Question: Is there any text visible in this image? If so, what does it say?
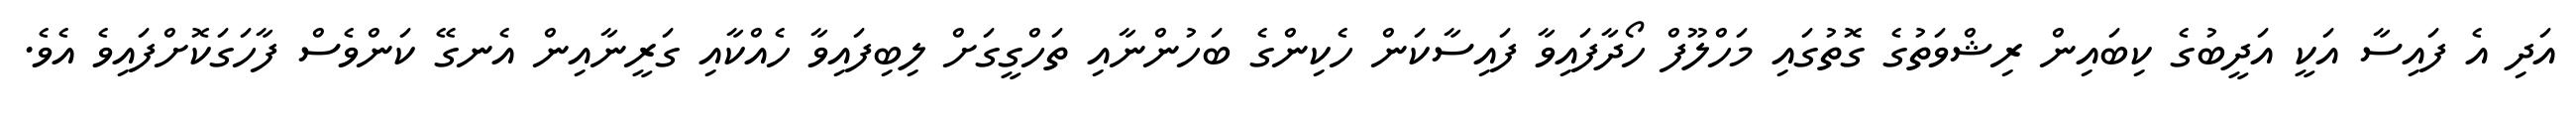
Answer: އަދި އެ ފައިސާ އަކީ އަދީބުގެ ކިބައިން ރިޝްވަތުގެ ގޮތުގައި މަހްލޫފް ހޯދާފައިވާ ފައިސާކަން ހެކިންގެ ބަހުންނާއި ތަހްގީގަށް ލިބިފައިވާ ހެއްކާއި ގަރީނާއިން އެނގޭ ކަންވެސް ފާހަގަކޮށްފައިވެ އެވެ.